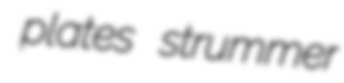
plates strummer